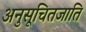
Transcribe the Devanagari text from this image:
अनुसूचितजाति